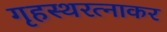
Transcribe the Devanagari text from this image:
गृहस्थरत्नाकर